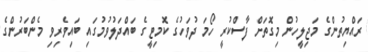
ރައްޔިތުންގެ މަޖިލީހުން މިގޮތަށް ފާސްކުރީ ހޯމަ ދުވަހުގެ ކޮމިޓީގެ ބައްދަލުވުމުގައި ބައިވެރިވި މެންބަރުންގެ